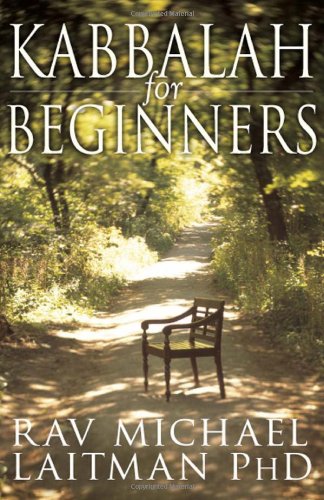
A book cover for Kabbalah for Beginners; Rav Michael Laitman; Religion & Spirituality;